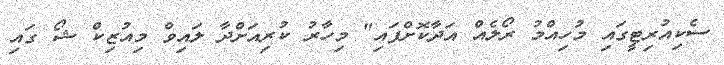
ސެކިއުރިޓީގައި މުހިއްމު ރޯލެއް އަދާކޮށްފައި" މިހާރު ކުރިއަށްދާ ލައިވް މިއުޒިކް ޝޯ ގައި